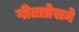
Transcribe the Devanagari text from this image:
गीताप्रेसने